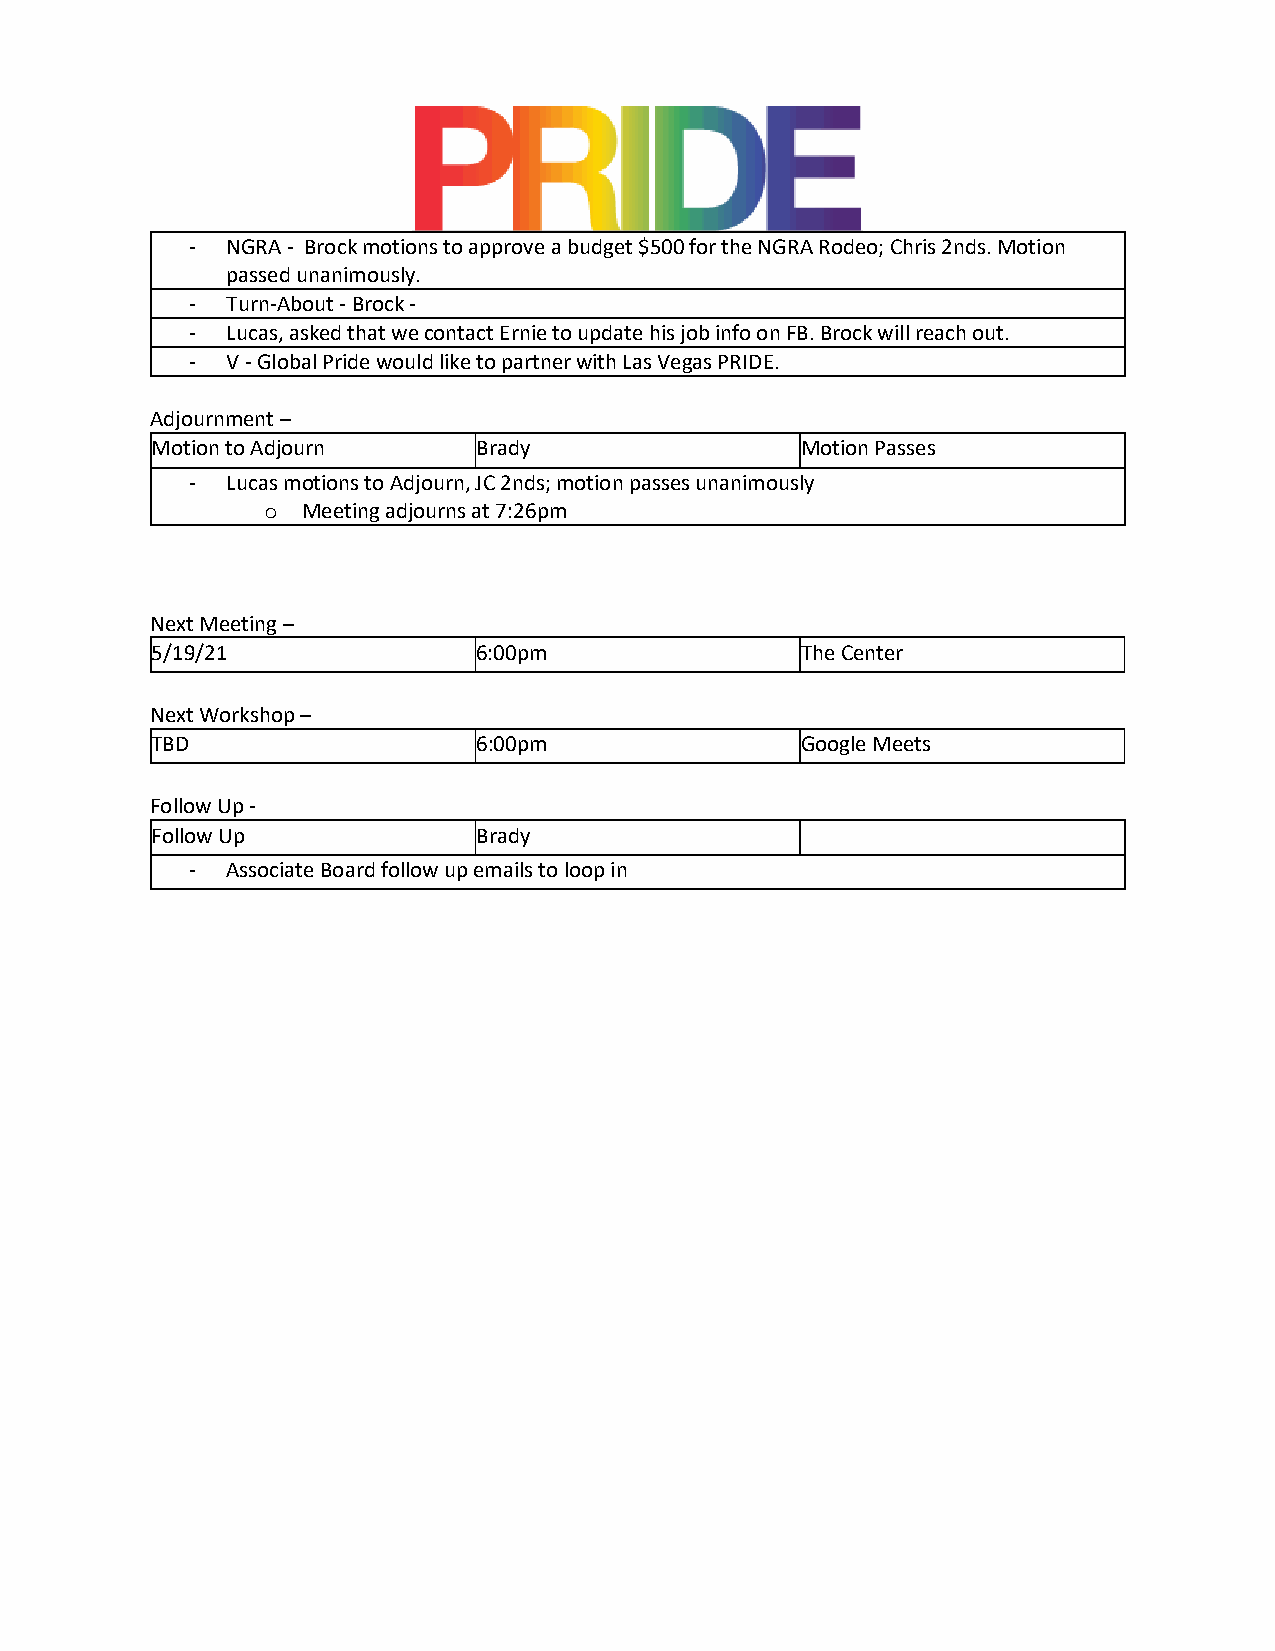
- NGRA - Brock motions to approve a budget $500 for the NGRA Rodeo; Chris 2nds. Motion
 passed unanimously.
 - Turn-About - Brock -
 - Lucas, asked that we contact Ernie to update his job info on FB. Brock will reach out.
 - V - Global Pride would like to partner with Las Vegas PRIDE.
 Adjournment –
 Motion to Adjourn     Brady                Motion Passes
 - Lucas motions to Adjourn, JC 2nds; motion passes unanimously
 Meeting adjourns at 7:26pm
 o
 Next Meeting –
 5/19/21               6:00pm               The Center
 Next Workshop –
 TBD                   6:00pm               Google Meets
 Follow Up -
 Follow Up             Brady
 - Associate Board follow up emails to loop in